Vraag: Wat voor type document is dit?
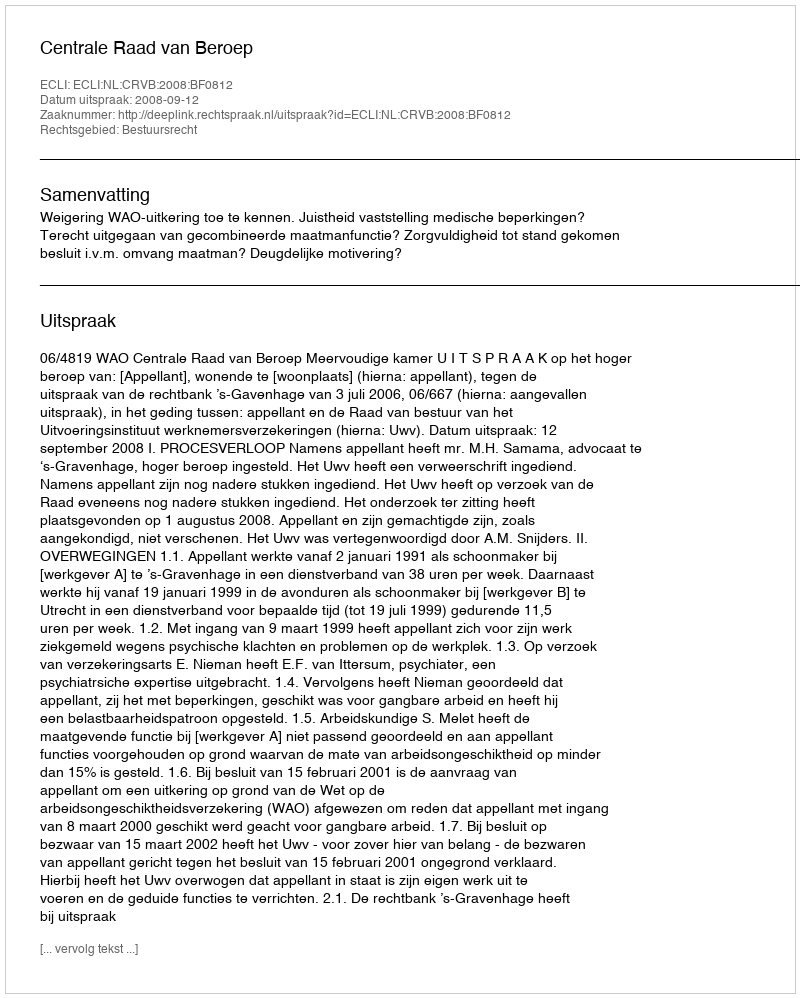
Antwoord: Uitspraak